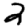
Digit: 2